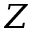
Z